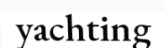
yachting